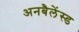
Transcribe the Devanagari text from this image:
अनबैलेंस्ड